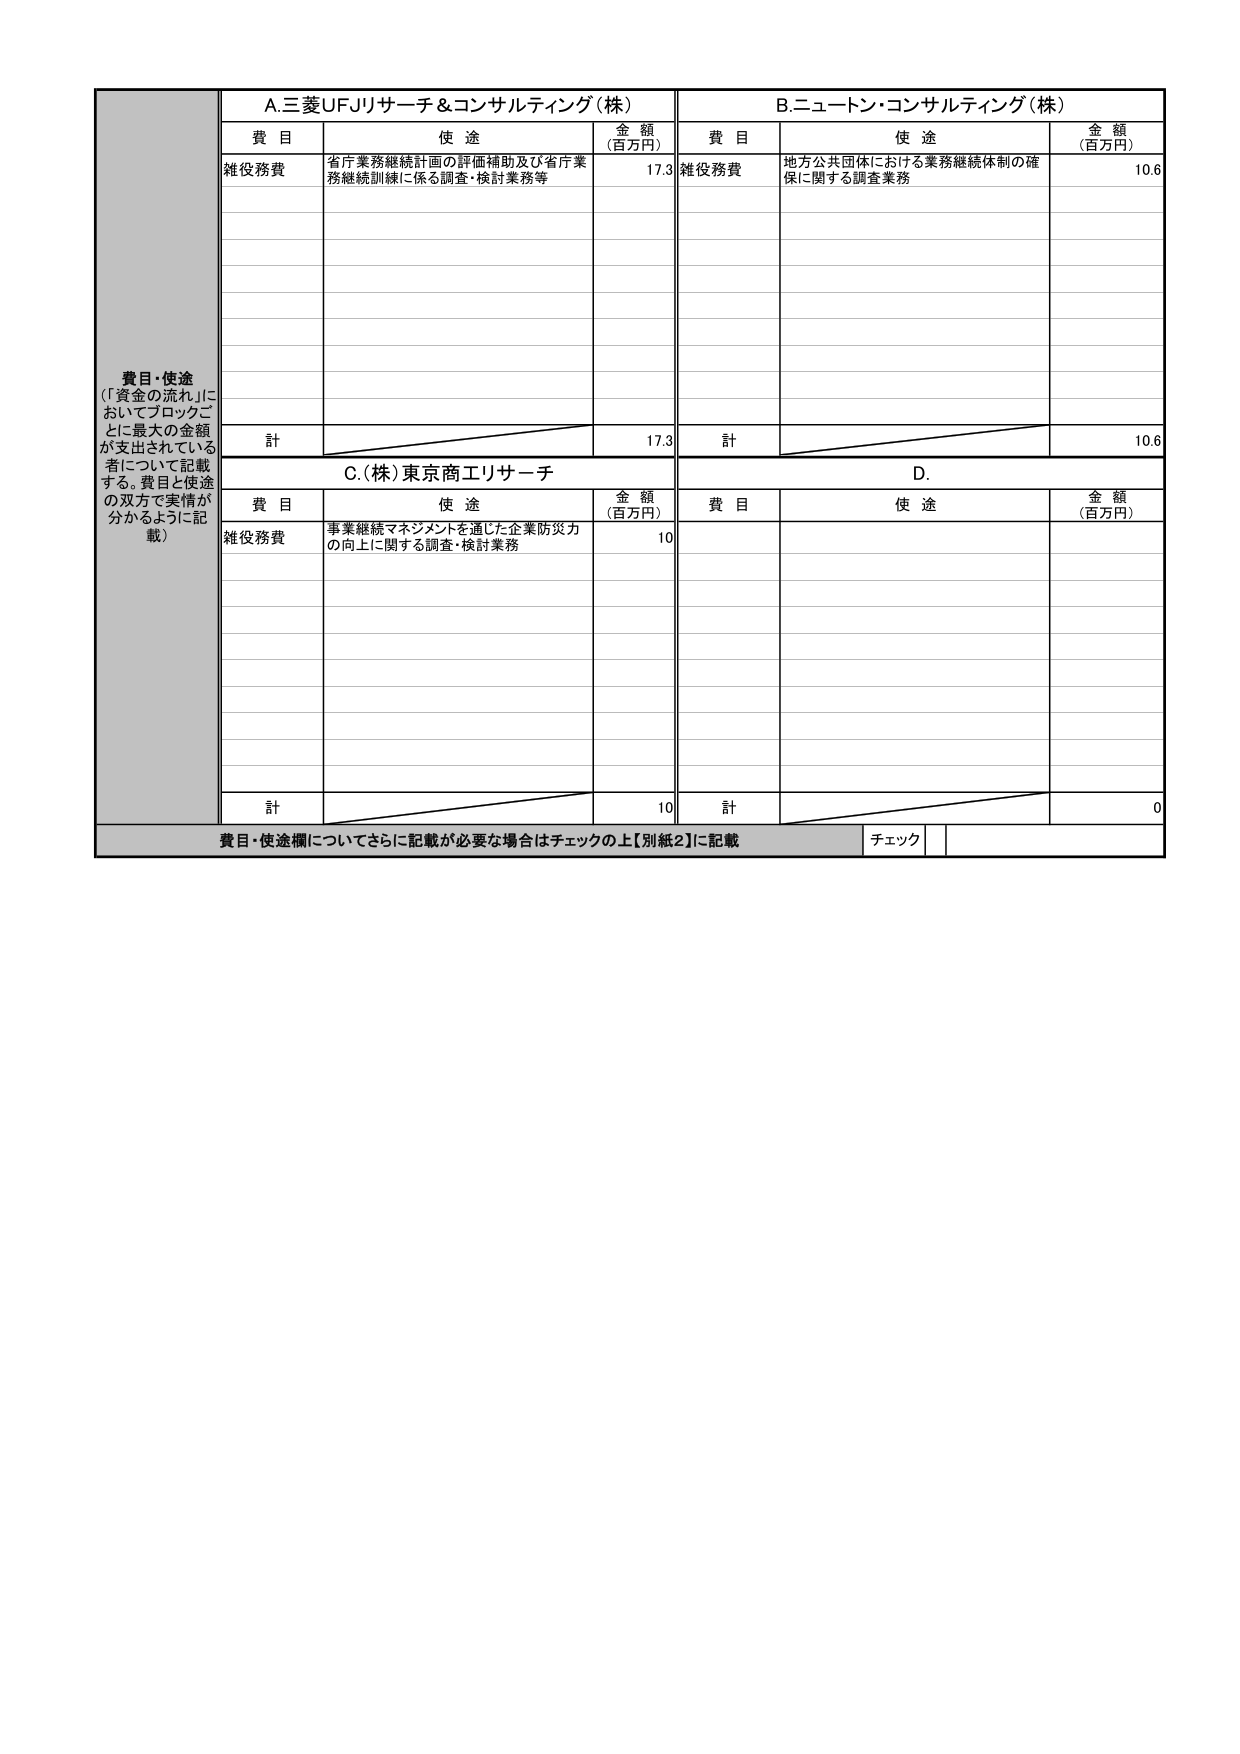
費目・使途
（「資金の流れ」においてブロックごとに最大の金額が支出されている者について記載する。費目と使途の双方で実情が分かるように記載）

A.三菱UFJリサーチ＆コンサルティング（株）
費目　　　　　　　　使途　　　　　　　　　　　　　　　　　　金額（百万円）
雑役務費　　　　省庁業務継続計画の評価補助及び省庁業務継続訓練に係る調査・検討業務等　　　　17.3
計　　　　　　　　　　　　　　　　　　　　　　　　　　　　　　17.3

B.ニュートン・コンサルティング（株）
費目　　　　　　　　使途　　　　　　　　　　　　　　　　　　金額（百万円）
雑役務費　　　　地方公共団体における業務継続体制の確保に関する調査業務　　　　　　　　10.6
計　　　　　　　　　　　　　　　　　　　　　　　　　　　　　　10.6

C.（株）東京商工リサーチ
費目　　　　　　　　使途　　　　　　　　　　　　　　　　　　金額（百万円）
雑役務費　　　　事業継続マネジメントを通じた企業防災力の向上に関する調査・検討業務　　　　10
計　　　　　　　　　　　　　　　　　　　　　　　　　　　　　　10

D.
費目　　　　　　　　使途　　　　　　　　　　　　　　　　　　金額（百万円）
計　　　　　　　　　　　　　　　　　　　　　　　　　　　　　　0

費目・使途欄についてさらに記載が必要な場合はチェックの上【別紙2】に記載
チェック